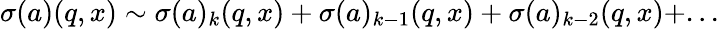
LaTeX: \sigma(a)(q,x)\sim\sigma(a)_{k}(q,x)+\sigma(a)_{k-1}(q,x)+\sigma(a)_{k-2}(q,x)+...